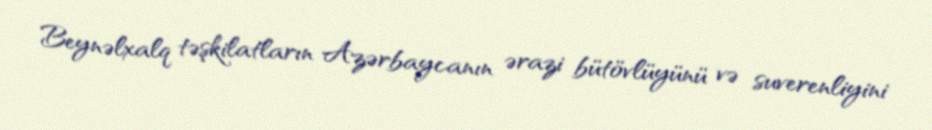
Beynəlxalq təşkilatların Azərbaycanın ərazi bütövlüyünü və suverenliyini